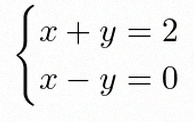
\begin{cases}x+y=2\\x-y=0\end{cases}